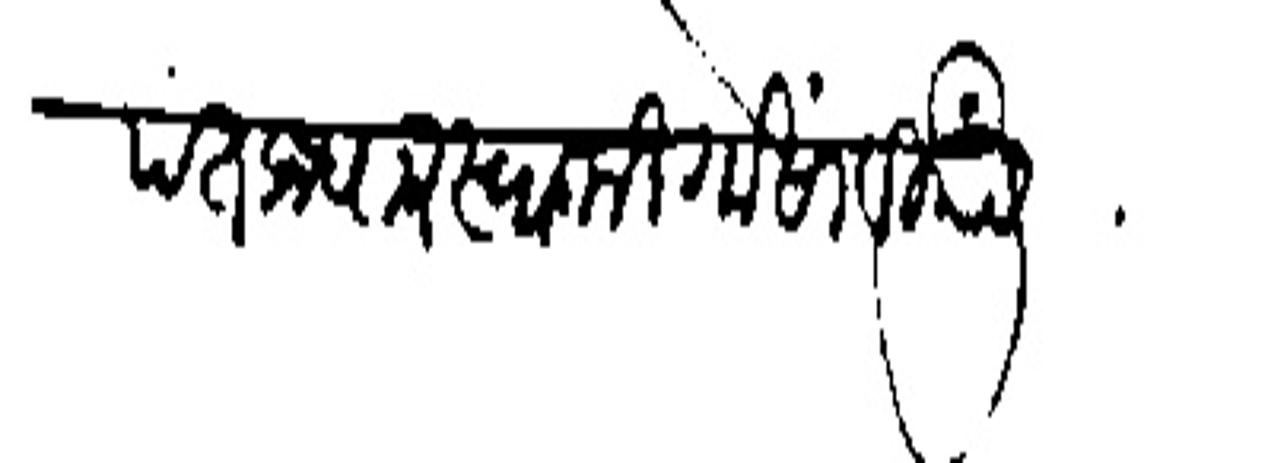
Transliteration (Devanagari): पंत प्रधान स्वामी गोसावी यांसी